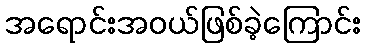
အရောင်းအဝယ်ဖြစ်ခဲ့ကြောင်း